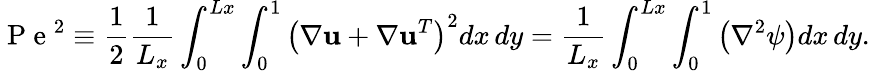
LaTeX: \mathrm{~P~e~}^{2}\equiv\frac{1}{2}\frac{1}{L_{x}}\int_{0}^{Lx}\int_{0}^{1}\left(\nabla\mathbf{u}+\nabla\mathbf{u}^{T}\right)^{2}dx\, dy=\frac{1}{L_{x}}\int_{0}^{Lx}\int_{0}^{1}\left(\nabla^{2}\psi\right)dx\, dy.